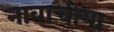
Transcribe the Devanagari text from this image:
नावाचीया